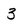
Character: 3